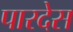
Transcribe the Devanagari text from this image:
पारदेस